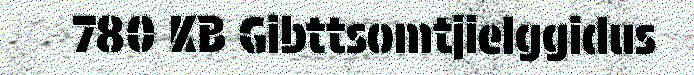
780 KB Gibttsomtjielggidus